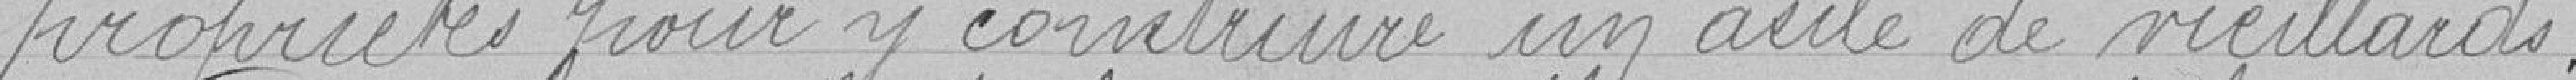
propriétés pour construire un asile de vieillards.